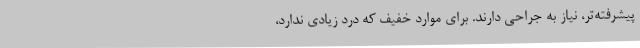
پیشرفته‌تر، نیاز به جراحی دارند. برای موارد خفیف که درد زیادی ندارد،